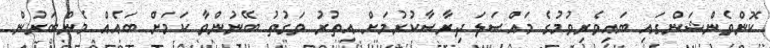
ކޮންވެންޝަންގައި ބައިވެރިވުމުގެ މައްސަލަ ދިރާސާކުރުމަށް އިތުރު ވަގުތު ބޭނުންވާ ކަމަށް ބައެއް މެންބަރުން